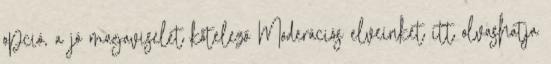
opció, a jó magaviselet kötelező Moderációs elveinket itt olvashatja